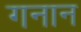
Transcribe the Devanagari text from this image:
गनान